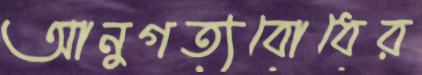
আনুগত্যবোধের